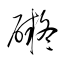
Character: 礙